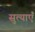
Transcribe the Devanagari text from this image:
सुत्याएँ